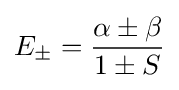
E_{\pm }={\frac {\alpha \pm \beta }{1\pm S}}